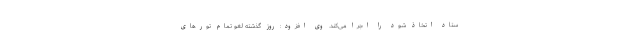
ستاد اتخاذ شود را اجرا می‌کند. وی افزود: روز گذشته لغو تمام تورهای